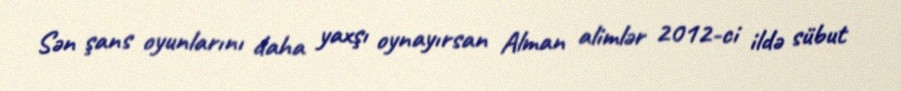
Sən şans oyunlarını daha yaxşı oynayırsan Alman alimlər 2012-ci ildə sübut